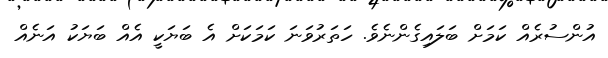
އުންސުރެއް ކަމަށް ބަލައިގެންނެވެ. ހަތަރުވަނަ ކަމަކަށް އެ ބަޔަކީ އެއް ބަޔަކު އަނެއް